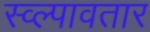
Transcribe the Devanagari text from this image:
स्व्ल्पावतार